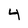
Character: 4